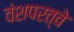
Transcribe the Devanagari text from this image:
वंशपरत्वे